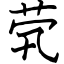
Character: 茕